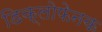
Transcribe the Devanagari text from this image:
डिक्लोफेनक